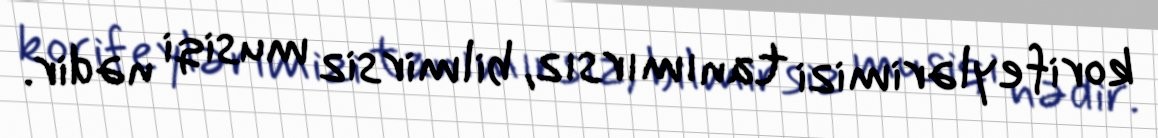
korifeylərimizi tanımırsız, bilmirsiz musiqi nədir.